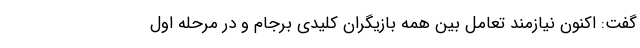
گفت: اکنون نیازمند تعامل بین همه بازیگران کلیدی برجام و در مرحله اول